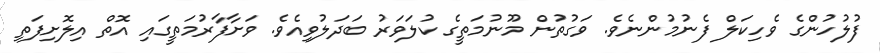
ފުލުހުންގެ ވެހިކަލް ފެނުމުންނެވެ. ވަގުތުން މޫނުމަތީގެ ކުލަވަރު ބަދަލުވިއެވެ. ވަށާފާރުމަތީގައި އޮތް އިލޮށިފަތި